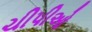
ચીપીઓ